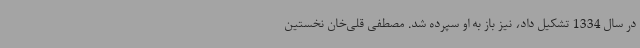
در سال 1334 تشکیل داد، نیز باز به او سپرده شد. مصطفی قلی‌خان نخستین